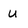
Character: u